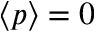
\langle p \rangle = 0